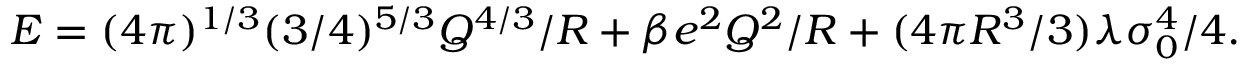
E = ( 4 \pi ) ^ { 1 / 3 } ( 3 / 4 ) ^ { 5 / 3 } Q ^ { 4 / 3 } / R + \beta e ^ { 2 } Q ^ { 2 } / R + ( 4 \pi R ^ { 3 } / 3 ) \lambda \sigma _ { 0 } ^ { 4 } / 4 .